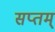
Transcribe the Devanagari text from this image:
सप्तम्‌